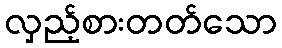
လှည့်စားတတ်သော